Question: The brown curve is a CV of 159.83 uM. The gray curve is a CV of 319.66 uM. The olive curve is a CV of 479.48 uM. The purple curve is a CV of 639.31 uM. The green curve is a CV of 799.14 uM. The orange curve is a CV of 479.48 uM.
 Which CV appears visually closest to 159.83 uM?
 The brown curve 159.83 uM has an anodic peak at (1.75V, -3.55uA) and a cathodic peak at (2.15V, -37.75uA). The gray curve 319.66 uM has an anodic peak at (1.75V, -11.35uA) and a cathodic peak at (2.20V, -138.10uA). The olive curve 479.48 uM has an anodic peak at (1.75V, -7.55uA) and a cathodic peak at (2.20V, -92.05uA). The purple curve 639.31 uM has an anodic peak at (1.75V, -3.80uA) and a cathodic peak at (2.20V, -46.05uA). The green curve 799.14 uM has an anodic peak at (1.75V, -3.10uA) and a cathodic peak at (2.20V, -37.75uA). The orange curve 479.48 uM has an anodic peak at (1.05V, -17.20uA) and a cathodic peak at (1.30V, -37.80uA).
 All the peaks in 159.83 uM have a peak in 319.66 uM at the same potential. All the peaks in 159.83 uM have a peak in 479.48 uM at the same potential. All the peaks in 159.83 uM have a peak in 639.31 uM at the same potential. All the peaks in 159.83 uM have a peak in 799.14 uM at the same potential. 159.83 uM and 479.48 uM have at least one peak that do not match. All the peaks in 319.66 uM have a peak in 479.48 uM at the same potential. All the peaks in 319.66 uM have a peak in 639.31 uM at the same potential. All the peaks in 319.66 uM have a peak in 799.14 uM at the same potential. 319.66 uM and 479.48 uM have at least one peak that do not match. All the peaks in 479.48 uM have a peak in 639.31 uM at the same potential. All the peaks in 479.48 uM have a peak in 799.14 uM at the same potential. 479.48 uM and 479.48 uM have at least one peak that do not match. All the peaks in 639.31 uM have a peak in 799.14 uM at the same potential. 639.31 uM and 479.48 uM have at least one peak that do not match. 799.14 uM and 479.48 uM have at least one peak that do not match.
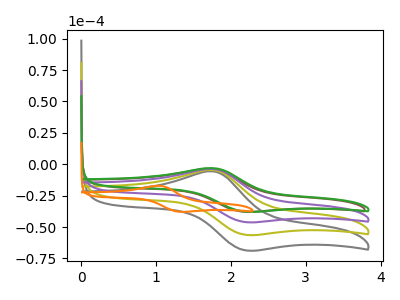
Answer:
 <answer>"159.83 uM", "319.66 uM", "479.48 uM" and "639.31 uM" have a similar shape to "799.14 uM".</answer>
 <eval>"159.83 uM" "319.66 uM" "479.48 uM" "639.31 uM"</eval>